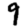
Digit: 9